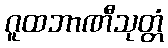
ဂူထဘာဏီသုတ္တံ